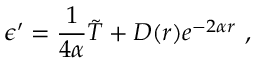
\epsilon ^ { \prime } = \frac { 1 } { 4 \alpha } \tilde { T } + D ( r ) e ^ { - 2 \alpha r } \ ,